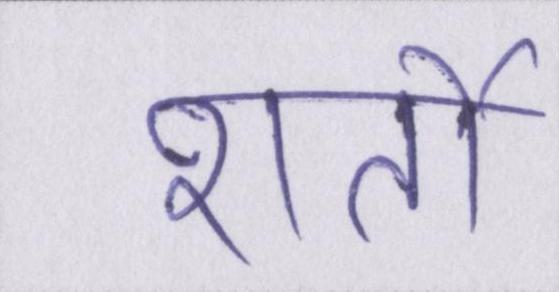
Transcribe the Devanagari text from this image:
शर्तो